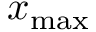
x _ { \mathrm { m a x } }